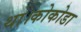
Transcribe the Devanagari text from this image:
था।कोकोडा